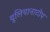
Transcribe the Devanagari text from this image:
यूलियानाटोप